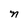
Character: n